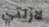
لازلتي